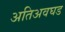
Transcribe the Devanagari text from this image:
अतिअवघड